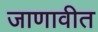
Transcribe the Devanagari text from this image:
जाणावीत